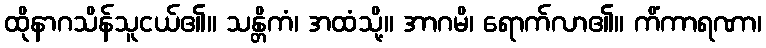
ထိုနာဂသိန်သူငယ်၏။ သန္တိကံ၊ အထံသို့။ အာဂမိ၊ ရောက်လာ၏။ ကိံကာရဏာ၊